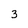
Character: 3